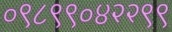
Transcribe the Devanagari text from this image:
०९८९९०४२२९९